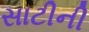
સાટીની